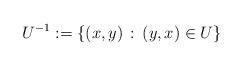
LaTeX: \begin{align*}U^{-1}:= \{ (x,y)\, :\, (y,x) \in U \}\end{align*}